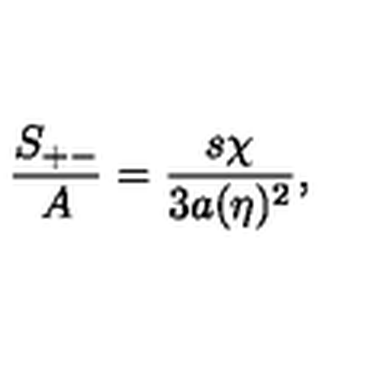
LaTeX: { \frac { S _ { + - } } { A } } = { \frac { s \chi } { 3 a ( \eta ) ^ { 2 } } } ,